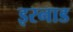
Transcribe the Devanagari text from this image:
इरनाड